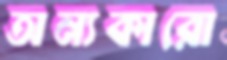
অন্যকারো